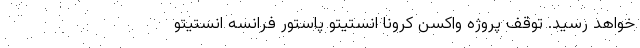
خواهد رسید. توقف پروژه واکسن کرونا انستیتو پاستور فرانسه انستیتو